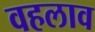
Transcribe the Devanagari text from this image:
वहलाव